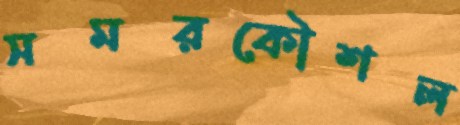
সমরকৌশল